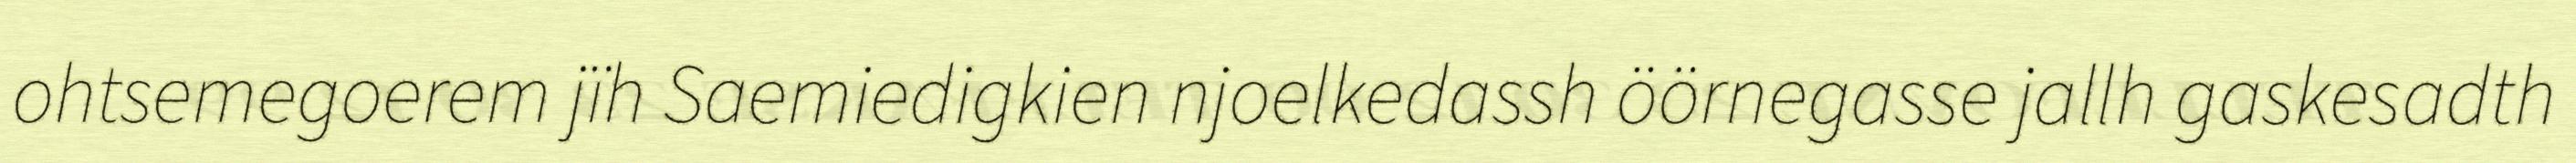
ohtsemegoerem jïh Saemiedigkien njoelkedassh öörnegasse jallh gaskesadth